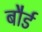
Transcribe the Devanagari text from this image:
बौर्ड